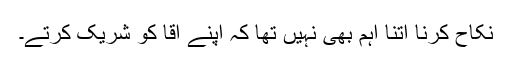
نکاح کرنا اتنا اہم بھی نہیں تھا کہ اپنے آقاؐ کو شریک کرتے۔